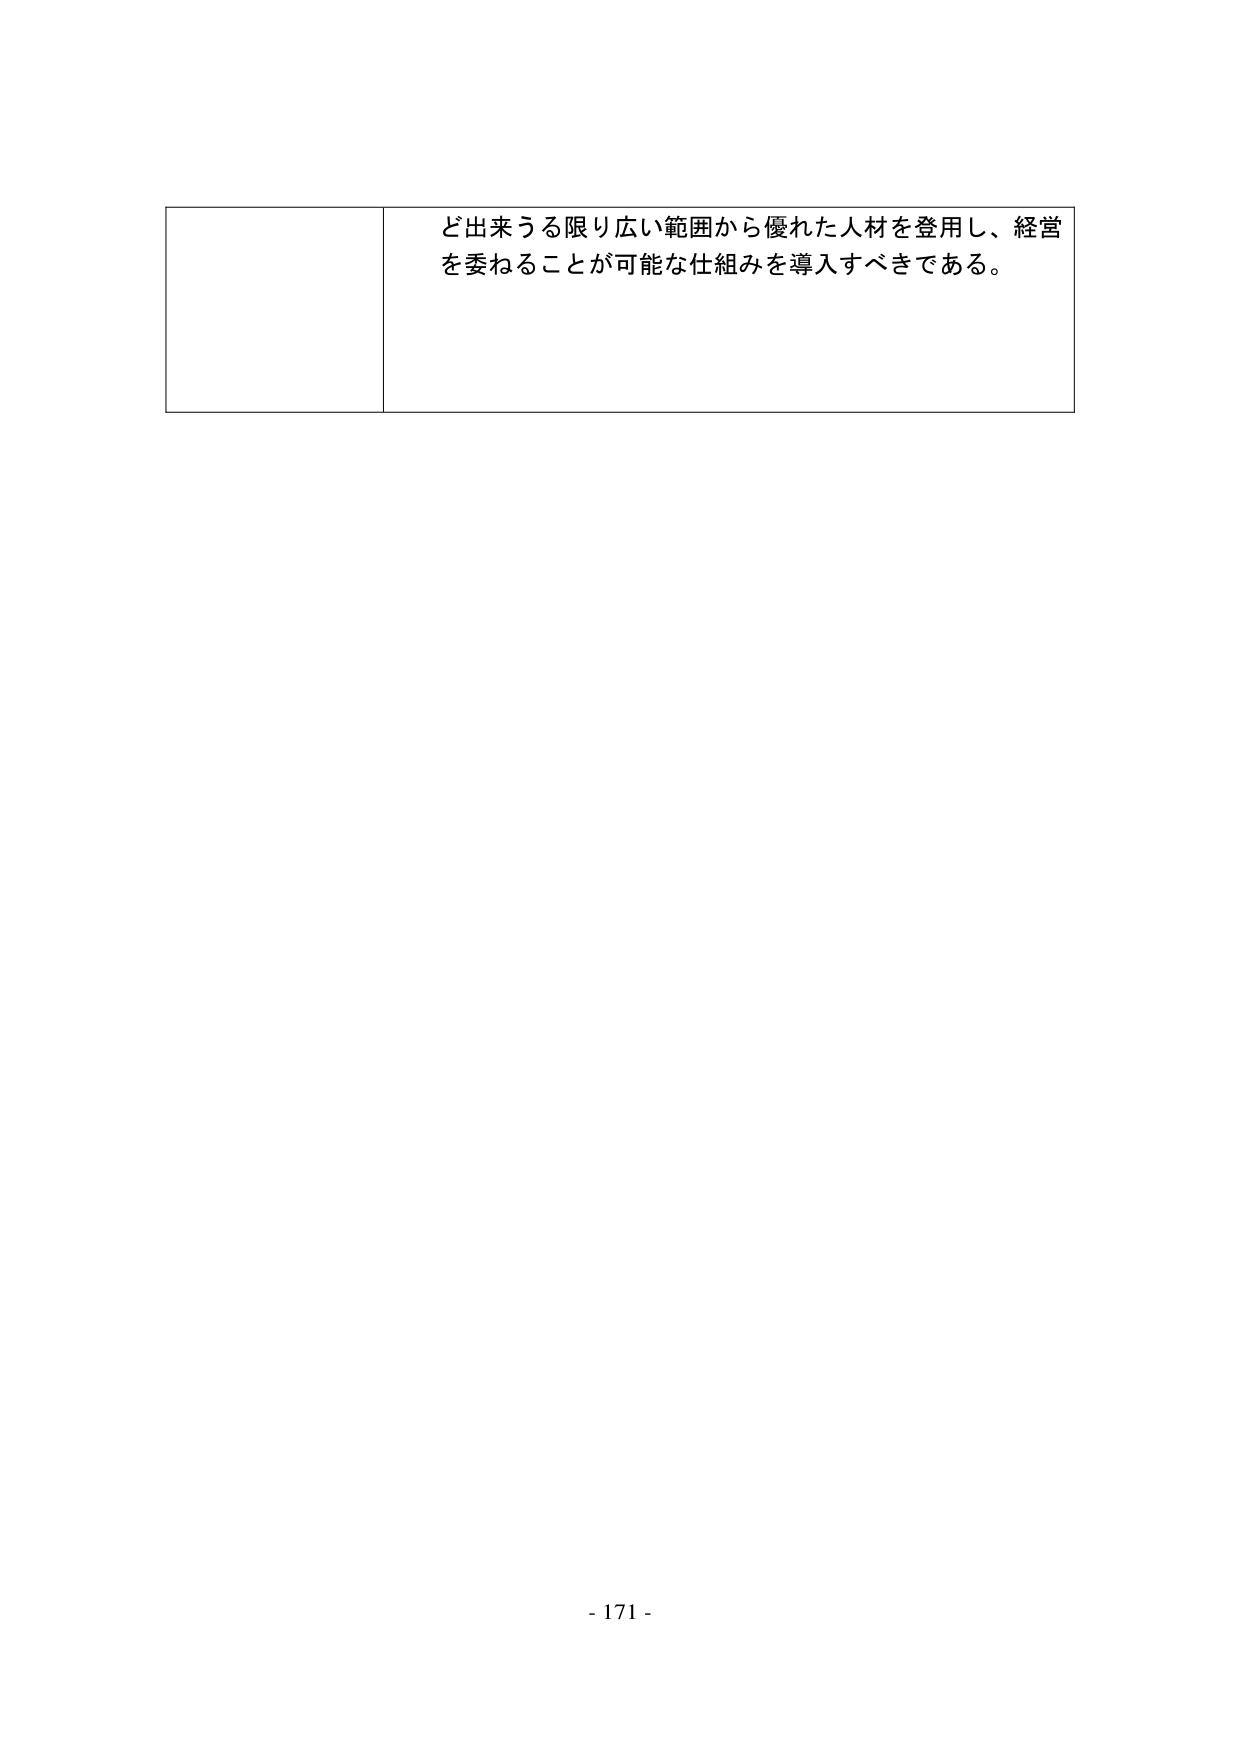
ど出来うる限り広い範囲から優れた人材を登用し、経営を委ねることが可能な仕組みを導入すべきである。

- 171 -